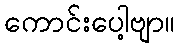
ကောင်းပေါ့ဗျာ။